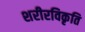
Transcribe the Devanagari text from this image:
शरीरविकृति